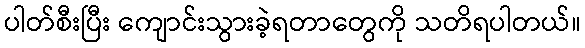
ပါတ်စီးပြီး ကျောင်းသွားခဲ့ရတာတွေကို သတိရပါတယ်။